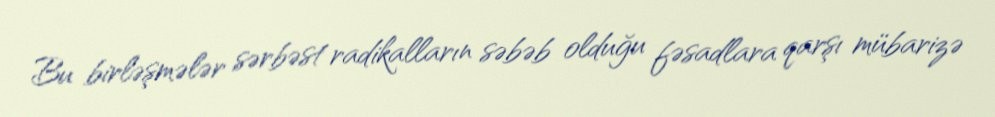
Bu birləşmələr sərbəst radikalların səbəb olduğu fəsadlara qarşı mübarizə